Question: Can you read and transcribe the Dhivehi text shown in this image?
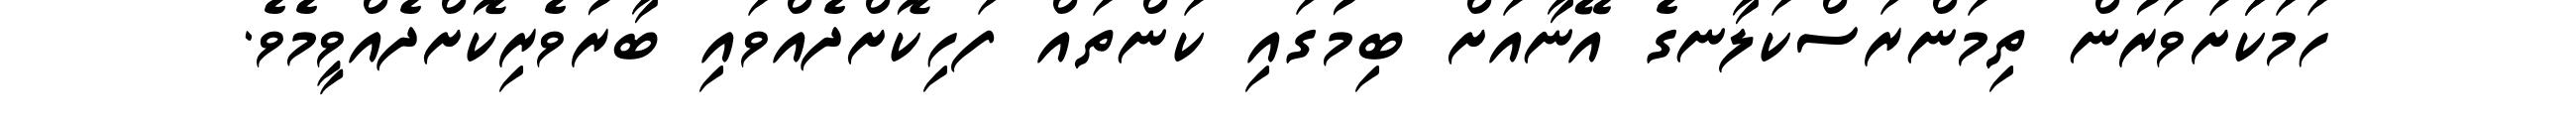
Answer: ހަމަކަަށަވަރުން ތިމަންރަސްކަލާނގެ އޭނާއަށް ބިމުގައި ކަންތައް ފަހިކޮށްދެއްވައި ބާރުވެރިކޮށްދެއްވީމެވެ.